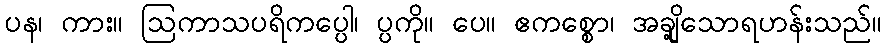
ပန၊ ကား။ ဩကာသပရိကပ္ပေါ၊ ပ္ပကို။ ပေ။ ဧကစ္စော၊ အချို့သောရဟန်းသည်။